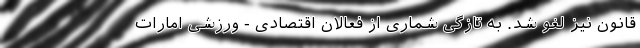
قانون نیز لغو شد. به تازگی شماری از فعالان اقتصادی - ورزشی امارات